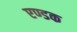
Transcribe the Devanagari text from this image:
एण्डक